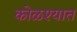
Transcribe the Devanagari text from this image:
कोळश्यात